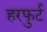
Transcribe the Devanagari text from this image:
हरफुर्ट